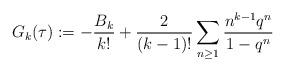
LaTeX: \begin{align*} G_k(\tau):=-\frac{ B_{k}}{k!}+\frac{2}{(k-1)!}\sum\limits_{n\geq 1}\frac{n^{k-1}q^{n}}{1-q^{n}}\end{align*}